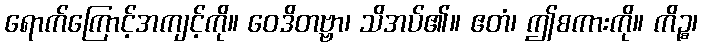
ရောက်ကြောင့်အကျင့်ကို။ ဝေဒိတဗ္ဗာ၊ သိအပ်၏။ ဧတံ၊ ဤစကားကို။ ကိဉ္စ၊